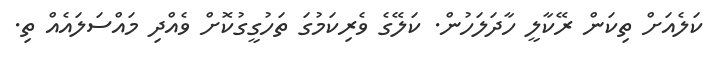
ކަލެއަށް ތިކަން ރޭކާލީ ހާދަލަހުން. ކަލޭގެ ވެރިކަމުގަ ތަހުގީގުކޮށް ވެއްދި މައްސަލައެއް ތި.